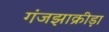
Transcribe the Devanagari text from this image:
गंजझाक्रीड़ा